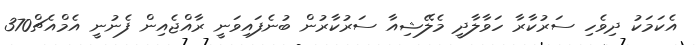
އެކަމަކު ދިވެހި ސަރުކާރާ ހަވާލާދީ މެލޭޝިއާ ސަރުކާރުން ބުނެފައިވަނީ ރާއްޖެއިން ފެނުނީ އެމްއެޗް370